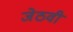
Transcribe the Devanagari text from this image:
जेठवी